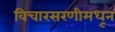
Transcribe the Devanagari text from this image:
विचारसरणीमधून